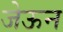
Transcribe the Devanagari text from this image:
जेऊन